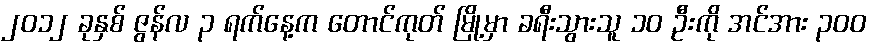
၂၀၁၂ ခုနှစ် ဇွန်လ ၃ ရက်နေ့က တောင်ကုတ် မြို့မှာ ခရီးသွားသူ ၁၀ ဦးကို အင်အား ၃ဝဝ